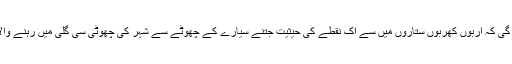
،مثال کے طور پہ کیا اتنی بڑی کائنات کے بنانے والے کو ذرا بھی فکر ہو گی کہ اربوں کھربوں ستاروں‌ میں سے اک نقطے کی حیثیت جتنے سیارے کے چھوٹے سے شہر کی چھوٹی سی گلی میں رہنے والا ایک معمولی انسان کوئی چیز کھانے سے پہلے اس کا نام لیتا ہے کہ نہیں؟